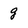
Character: g